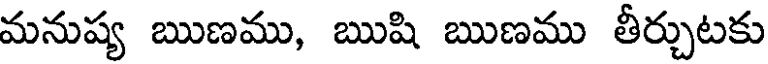
మనుష్య ఋణము, ఋషి ఋణము తీర్చుటకు